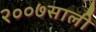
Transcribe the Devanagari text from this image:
२००७साली